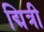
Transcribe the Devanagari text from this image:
द्मित्री